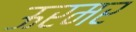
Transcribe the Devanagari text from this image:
ऊरमर